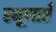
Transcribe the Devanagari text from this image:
स्थूणाएँ